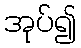
အုပ်၍